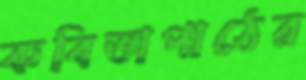
কবিতাপাঠের